Applicability to medico-legal practice in India of the biochemical tests for the origin of blood-stains - Number 39
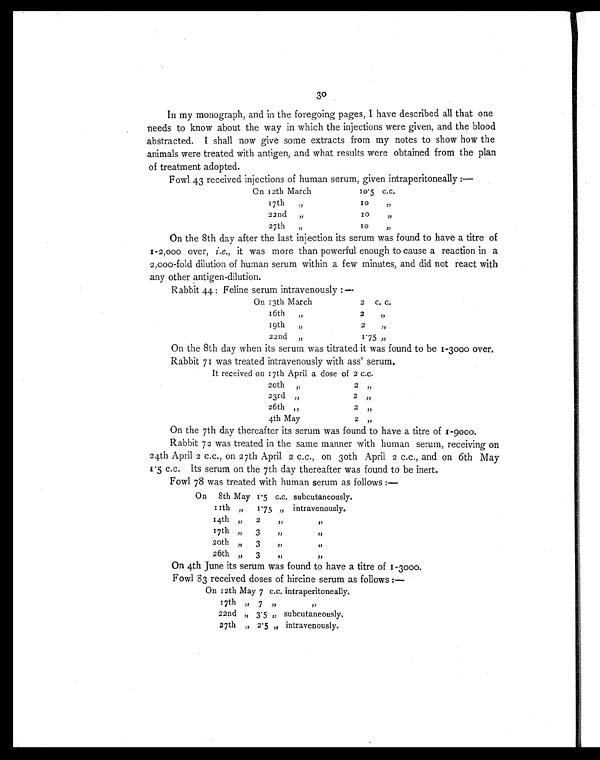
30
In my monograph, and in the foregoing pages, I have described all that one
needs to know about the way in which the injections were given, and the blood
abstracted. I shall now give some extracts from my notes to show how the
animals were treated with antigen, and what results were obtained from the plan
of treatment adopted.
Fowl 43 received injections of human serum, given intraperitoneally
On 12th March
10.5 c.c.
17th "
1 0
"
22nd "
10
"
27th "
10
"
On the 8th day after the last injection its serum was found to have a titre of
1-2,000 over, i.e. , it was more than powerful enough to cause a reaction in a
2,000-fold dilution of human serum within a few minutes, and did not react with
any other antigen-dilution.
Rabbit 44: Feline serum intravenously:—
On 13th March
2
c . c .
16th "
2 "
19th "
2 "
22nd „
1 . 7 5
"
On the 8th day when its serum was titrated it was found to be 1-3000 over.
Rabbit 71 was treated intravenously with ass' serum.
It received on 17th April a dose of 2 c.c.
20th
"
2 "
23rd
"
2 "
26th
"
2 "
4th May
2 "
On the 7th day thereafter its serum was found to have a titre of 1-9000.
Rabbit 72 was treated in the same manner with human serum, receiving on
24th April 2 c.c., on 27th April 2 c.c., on 30th April 2 c.c., and on 6th May
1.5 c.c. Its serum on the 7th day thereafter was found to be inert.
Fowl 78 was treated with human serum as follows :—
On 8th May 1.5 c.c. subcutaneously.
11th "
1.75 " intravenously.
14th "
2
"
"
17th "
3
"
"
20th "
3
"
"
26th "
3
"
"
On 4th June its serum was found to have a titre of 1-3000.
Fowl 83 received doses of hircine serum as follows :—
On 12th May 7 c.c. intraperitoneally.
17th " 7 "
"
22nd " 3.5 " subcutaneously.
27th " 2.5 " intravenously.